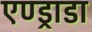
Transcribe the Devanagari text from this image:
एण्ड्राडा